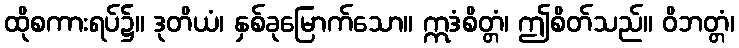
ထိုစကားရပ်၌။ ဒုတိယံ၊ နှစ်ခုမြောက်သော။ ဣဒံစိတ္တံ၊ ဤစိတ်သည်။ ဝိဘတ္တံ၊